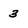
Character: 3